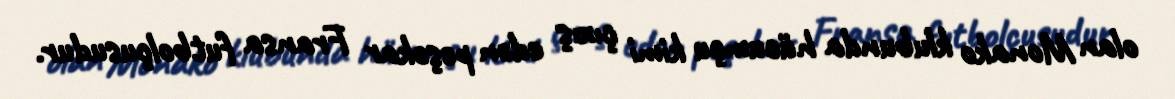
olan Monako klubunda hücumçu kimi çıxış edən peşəkar Fransa futbolçusudur.